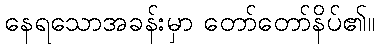
နေရသောအခန်းမှာ တော်တော်နိပ်၏။